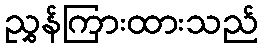
ညွှန်ကြားထားသည်